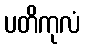
ပတိကုလံ